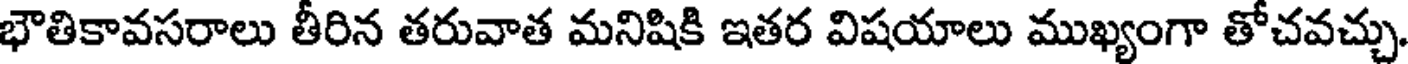
భౌతికావసరాలు తీరిన తరువాత మనిషికి ఇతర విషయాలు ముఖ్యంగా తోచవచ్చు,